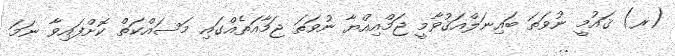
(ރ) ޤައުމީ ނުވަތަ ބައިނަލްއަޤުވާމީ ޖަމްއިއްޔާ ނުވަތަ ޖަމާއަތެއްގައި މަސައްކަތް ކޮށްފައިވާ ނަމަ